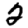
Digit: 2